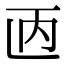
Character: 𫠥